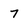
Character: 7